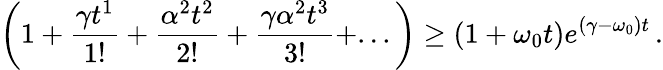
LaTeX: \left(1+\frac{\gamma t^{1}}{1!}+\frac{\alpha^{2}t^{2}}{2!}+\frac{\gamma\alpha^{2}t^{3}}{3!}+...\right)\geq(1+\omega_{0}t)e^{(\gamma-\omega_{0})t}\, .